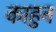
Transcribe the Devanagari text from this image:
काहुन